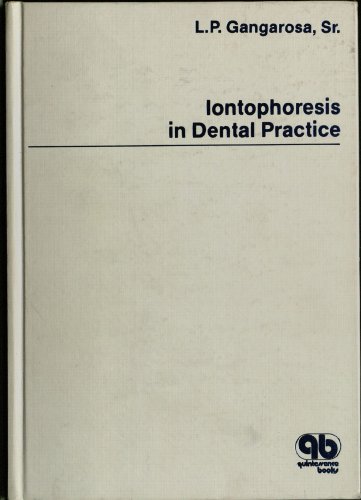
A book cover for Iontophoresis in Dental Practice; Louis P. Gangarosa; Medical Books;